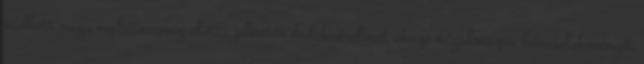
vádlott nagy nyilvánosság előtt, jelentős érdeksérelmet okozó rágalmazás bűncselekményét